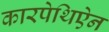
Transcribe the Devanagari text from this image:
कारपेथिऐन